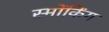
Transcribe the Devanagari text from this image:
स्मोंकिंग